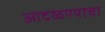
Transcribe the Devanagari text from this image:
आदळण्याचा